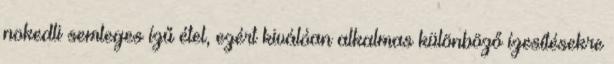
nokedli semleges ízű étel, ezért kiválóan alkalmas különböző ízesítésekre